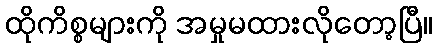
ထိုကိစ္စများကို အမှုမထားလိုတော့ပြီ။